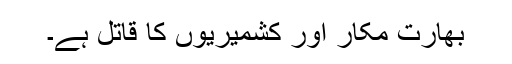
بھارت مکار اور کشمیریوں کا قاتل ہے۔